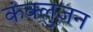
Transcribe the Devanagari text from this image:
कंक्लुज़न